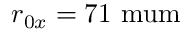
r _ { 0 x } = 7 1 \mathrm { \ m u m }